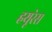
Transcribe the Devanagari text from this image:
हयूरेस